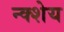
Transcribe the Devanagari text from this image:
न्क्शेय